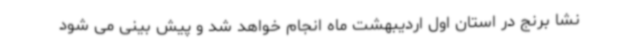
نشا برنج در استان اول اردیبهشت ماه انجام خواهد شد و پیش بینی می شود